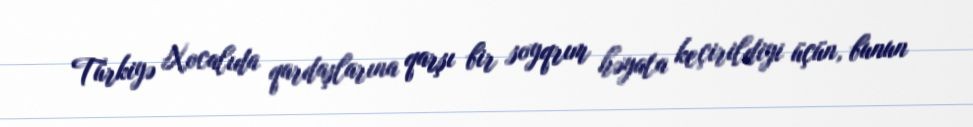
Türkiyə Xocalıda qardaşlarına qarşı bir soyqrım həyata keçirildiyi üçün, bunun